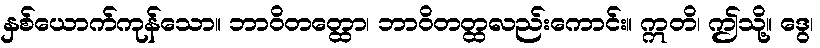
နှစ်ယောက်ကုန်သော။ ဘာဝိတတ္ထော၊ ဘာဝိတတ္ထလည်းကောင်း။ ဣတိ၊ ဤသို့။ ဒွေ၊